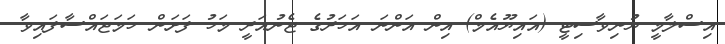
އިސްލާމީ ޔުނިވާސިޓީ (އައިޔޫއެމް) އިން އަންނަ އަހަރުގެ ޖެނުއަރީ މަހު ފަށަން ހަމަޖައްސާފައިވާ